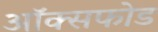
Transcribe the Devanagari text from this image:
ऑक्सफोड